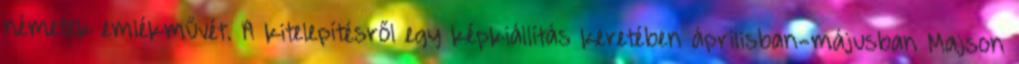
németek emlékművét. A kitelepítésről egy képkiállítás keretében áprilisban-májusban Majson